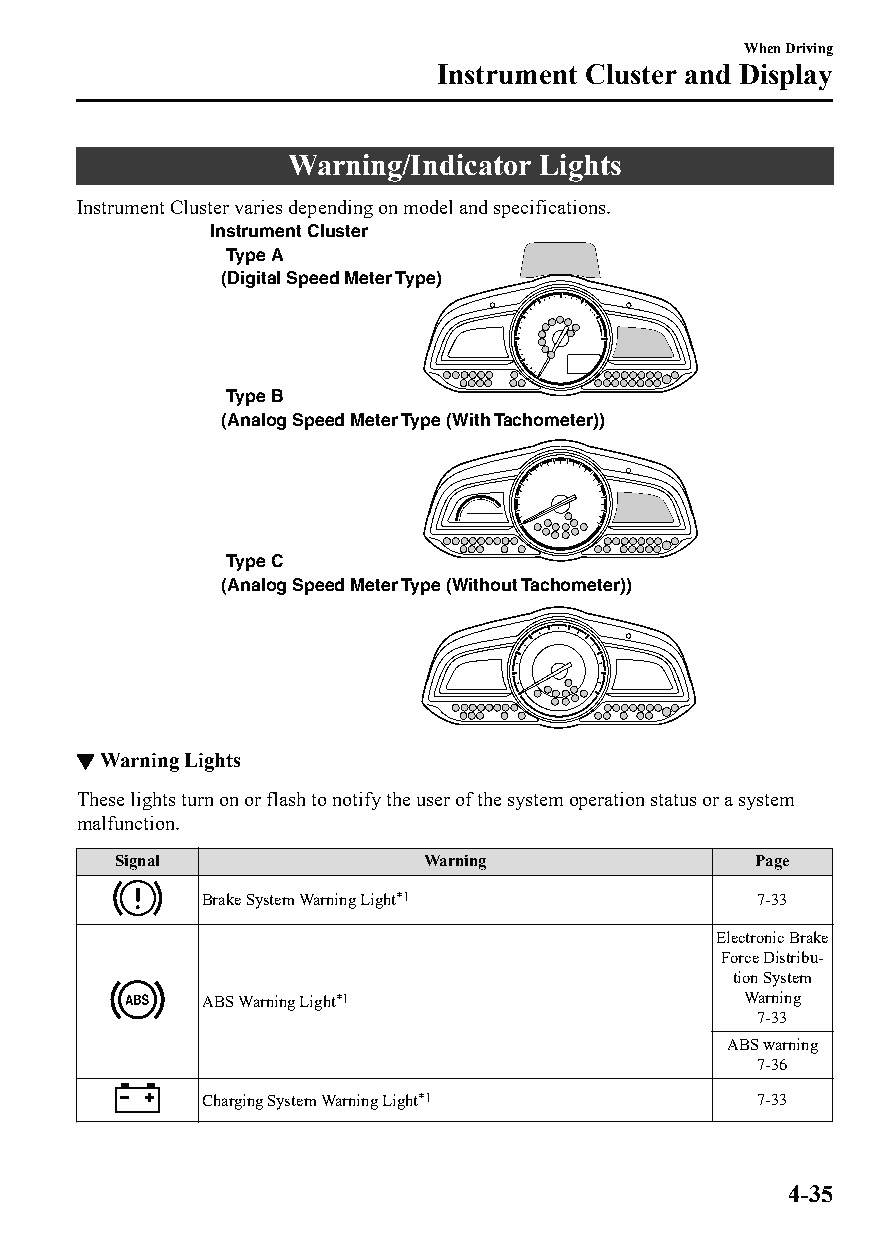
When Driving
 Instrument Cluster and Display
 Warning/Indicator Lights
 Instrument Cluster varies depending on model and specifications.
 Instrument Cluster
 Type A
 (Digital Speed Meter Type)
 Type B
 (Analog Speed Meter Type (With Tachometer))
 Type C
 (Analog Speed Meter Type (Without Tachometer))
 ▼Warning Lights
 These lights turn on or flash to notify the user of the system operation status or a system
 malfunction.
 Signal               Warning               Page
 Brake System Warning Light*1         7-33
 Electronic Brake
 Force Distribu‐
 tion System
 ABS Warning Light*1                 Warning
 7-33
 ABS warning
 7-36
 Charging System Warning Light*1      7-33
 4-35
 CX-3_8GT4-EE-18D_Edition4                  2018-9-6 18:32:19